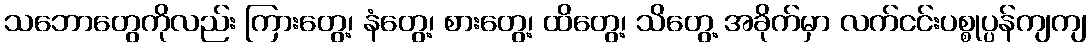
သဘောတွေကိုလည်း ကြားတွေ့၊ နံတွေ့၊ စားတွေ့၊ ထိတွေ့၊ သိတွေ့ အခိုက်မှာ လက်ငင်းပစ္စုပ္ပန်ကျကျ